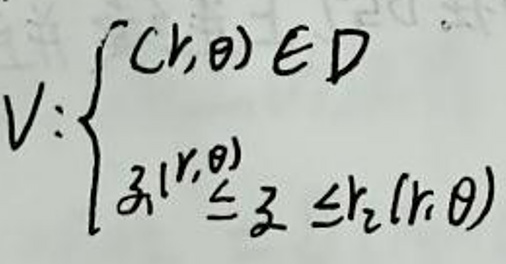
$V:\left\{(r,\theta)\in D\mid r_1(r,\theta)\leq z\leq r_2(r,\theta)\right\}$